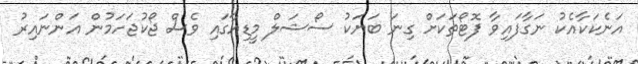
އަނެކަކާއެކު ނަގާފައިވާ ފޮޓޯތަކަށް ގިނަ ބަޔަކު ސޯޝަލް މީޑިއާގައި ވެސް ޖޯކުޖަހަމުން އަންނައިރު